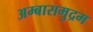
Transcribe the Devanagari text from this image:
अम्बासमुद्रम